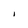
Character: I